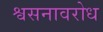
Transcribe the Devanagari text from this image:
श्वसनावरोध